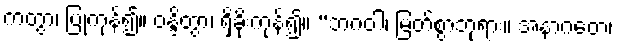
ကတွာ၊ ပြုကုန်၍။ ဝန္ဒိတွာ၊ ရှိခိုးကုန်၍။ “ဘဂဝါ၊ မြတ်စွာဘုရား။ အနာဂတေ၊